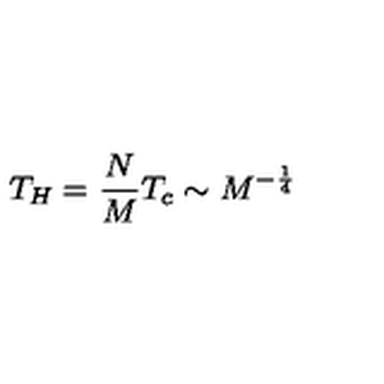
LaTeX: T _ { H } = \frac { N } { M } T _ { c } \sim M ^ { - \frac { 1 } { 4 } }